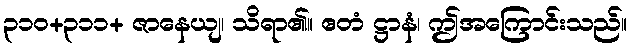
၃၁၀+၃၁၁+ ဇာနေယျ၊ သိရာ၏။ ဧတံ ဋ္ဌာနံ၊ ဤအကြောင်းသည်။